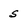
Character: s